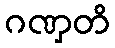
ဂဏှတိ